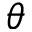
\theta